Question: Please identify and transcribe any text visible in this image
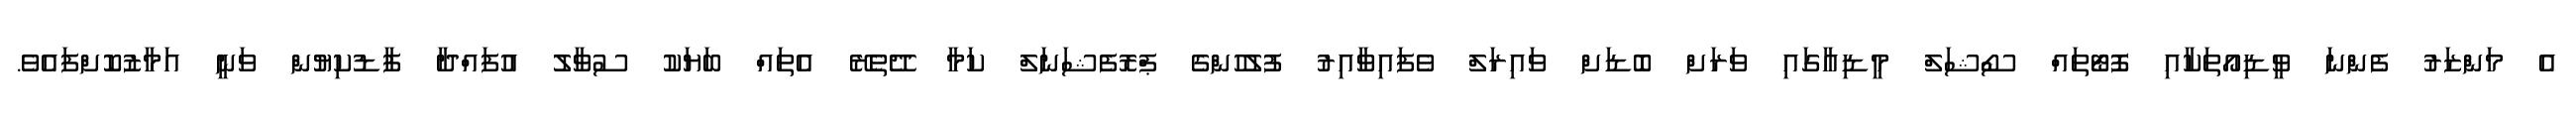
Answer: އެ މަންޒަރު ފެންނަ ވީޑިއޯތަކާއި ފޮޓޯތައް ސޯޝަލް މީޑިއާގައި ވަރަށް ބޮޑަށް ވައިރަލް ވެފައިވާއިރު ފުލުހުންގެ ޕްރޮފެޝަނަލް ކަމާ ދޭތެރޭ އެތައް ބަޔަކު ސުވާލު އުފައްދާ ފާޑުކިޔުން ވަނީ އަމާޒުކޮށްފައެވެ.